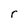
Character: r